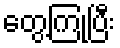
တွေ့ကြုံပြီး